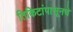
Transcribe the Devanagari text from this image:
तिकिटांपासूनचे